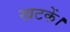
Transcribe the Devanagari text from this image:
खटकें।